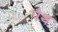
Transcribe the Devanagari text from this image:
पैथ